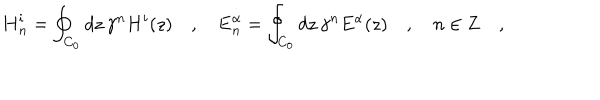
\mathbf { H } _ { n } ^ { i } = \oint _ { C _ { 0 } } d z \, \gamma ^ { n } H ^ { i } ( z ) \quad , \quad \mathbf { E } _ { n } ^ { \alpha } = \oint _ { C _ { 0 } } d z \, \gamma ^ { n } E ^ { \alpha } ( z ) \quad , \quad n \in \mathbf { Z } \quad ,